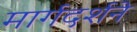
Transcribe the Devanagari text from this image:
मार्गदर्शने